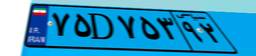
۷۵D۷۵۳۹۲